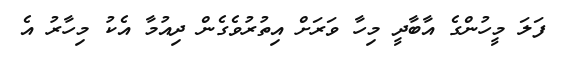
ފަލަ މީހުންގެ އާބާދީ މިހާ ވަރަށް އިތުރުވެގެން ދިއުމާ އެކު މިހާރު އެ